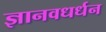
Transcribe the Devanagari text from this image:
ज्ञानवधर्धन